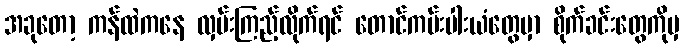
အခုတော့ ကန်ထဲကနေ လှမ်းကြည့်လိုက်ရင် တောင်ကမ်းပါးယံတွေမှာ စိုက်ခင်းတွေကိုမှ